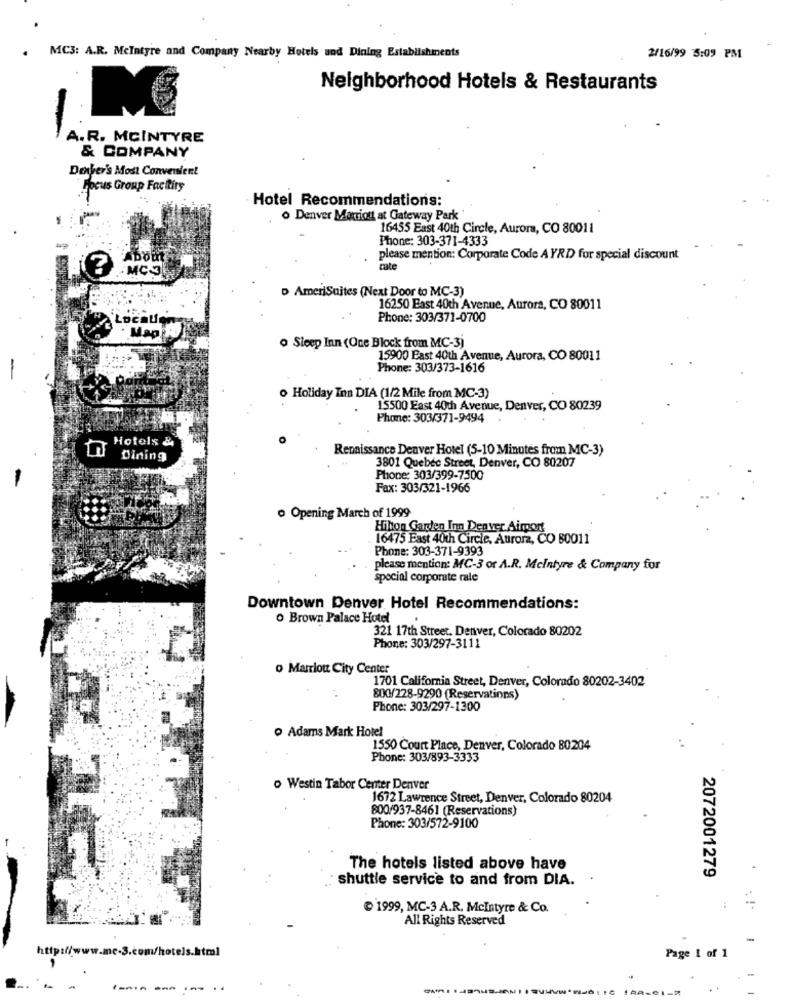
MC3: A.R. Mcintyre and Company Nearby Hotels and Dining Establishments
2/16/99 5:09 PM
Neighborhood Hotels & Restaurants
A.R. MCINTYRE
& COMPANY
Denher's Most Convenient
Focus Group Facttiry
Hotel Recommendations:
o Denver Marriott at Gateway Park
16455 East 40th Circle, Aurora, CO 80011
Phone: 303-371-4333
ADom
please mention: Corporate Code A YRD for special discount
MC3
cate
D AmeriSuites (Next Door to MC-3)
16250 East 40th Avenue, Aurora, CO 80011
Locaum
Phone: 303/371-0700
Mag AD
Sleep Inn (One Block from MC-3)
15900 East 40th Avenue, Aurora, CO 80011
Phone: 303/373-1616
o Holiday Inn DIA (1/2 Mile from MC-3)
15500 East 40th Avenue, Denver, CO 80239
Phone: 303/371-9494
Hotels &
Renaissance Denver Hotel (5-10 Minutes from MC-3)
Dining
3801 Quebec Street, Denver, CO 80207
Phone: 303/399-7500
Fax: 303/321-1966
o Opening March of 1999
Hihon Garden Inn Denver Aimpor
16475 East 40th Circle, Aurora, CO 80011
Phone: 303-371-9393
please mention: MC-3 or A.R. Mcintyre & Company for
special corporate rale
Downtown Denver Hotel Recommendations:
O Brown Palace Hotel
321 17th Street. Denver, Colorado 80202
Phone: 303/297-3111
o Marriott City Center
1701 California Street, Denver, Colorado 80202-3402
80X1/228-9290 (Reservations)
Phone: 303/297-1300
Adams Mark Hotel
1550 Court Place, Denver, Colorado B0204
Phone: 303/893-3333
o Westin Tabor Center Denver
1672 Lawrence Street, Denver, Colorado 80204
800/937-8461 (Reservations)
Phone: 303/572-9100
The hotels listed above have
shuttle service to and from DIA.
2072001279
1999, MC-3 A.R. Mcintyre & Co.
. !.
All Rights Reserved
-
s.html
Page 1 of 1
------
..
..